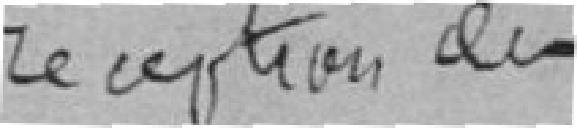
réception des